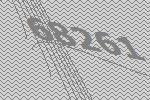
68261